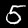
Digit: 5